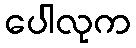
ပေါလုက